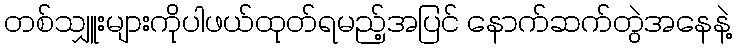
တစ်သျှူးများကိုပါဖယ်ထုတ်ရမည့်အပြင် နောက်ဆက်တွဲအနေနဲ့